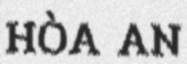
HÒA AN